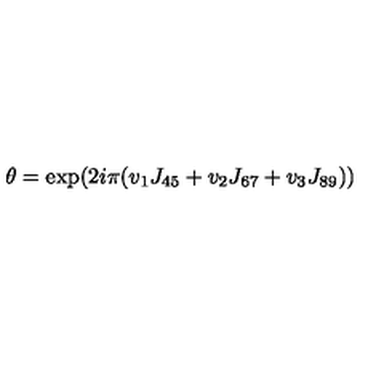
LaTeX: \theta = \exp ( 2 i \pi ( v _ { 1 } J _ { 4 5 } + v _ { 2 } J _ { 6 7 } + v _ { 3 } J _ { 8 9 } ) )